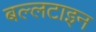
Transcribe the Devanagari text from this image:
बल्लटाइन